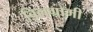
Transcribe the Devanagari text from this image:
बिलग्रामी